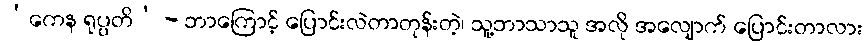
‘ကေန ရုပ္ပတိ’ - ဘာကြောင့် ပြောင်းလဲတာတုန်းတဲ့၊ သူ့ဘာသာသူ အလို အလျောက် ပြောင်းတာလား